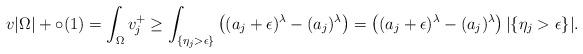
LaTeX: \begin{align*}v|\Omega|+\circ(1)= \int_{ \Omega } v_j^+\ge\int_{ \{\eta_j>\epsilon\} } \left( (a_j+\epsilon)^\lambda- (a_j)^\lambda \right)=\left( (a_j+\epsilon)^\lambda- (a_j)^\lambda \right) | \{\eta_j>\epsilon\}|.\end{align*}